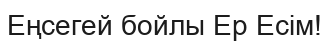
Еңсегей бойлы Ер Есім!